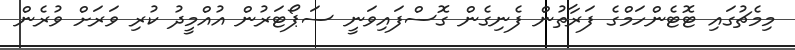
މިމެޗުގައި ޓޮޓެންހަމްގެ ފަރާތުން ފެނިގެން ގޮސްފައިވަނީ ސަޕޯޓަރުން އުއްމީދު ކުރި ވަރަށް ވުރެން